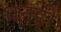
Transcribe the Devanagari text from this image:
धनही